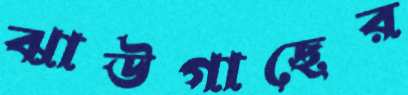
ঝাউগাছের